Language: tamil
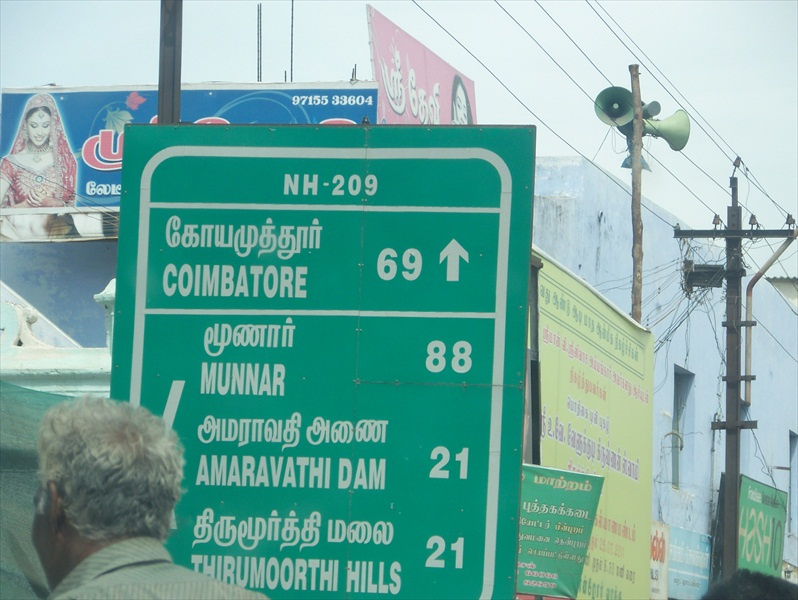
Transcription: மூணார் அமராவதி அணை மலை கோயமுத்தூா் திருமூர்த்தி